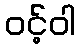
ဝင့်ဝါ